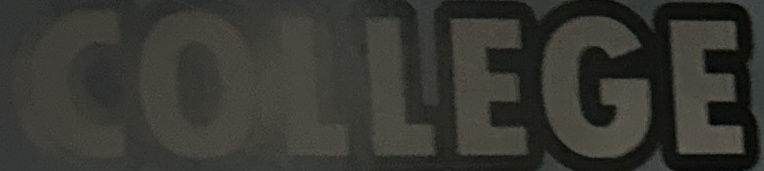
COLLEGE